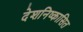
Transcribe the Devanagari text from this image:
देशनिष्कासित